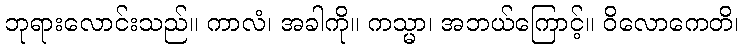
ဘုရားလောင်းသည်။ ကာလံ၊ အခါကို။ ကသ္မာ၊ အဘယ်ကြောင့်။ ဝိလောကေတိ၊